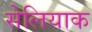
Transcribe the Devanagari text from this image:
सेलियाक